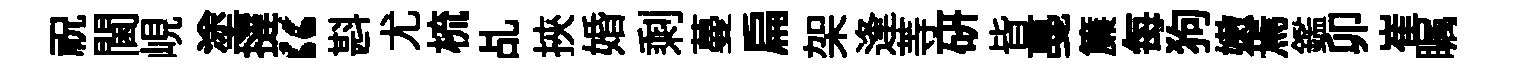
祝閫峴塗撻“斟尤梳乩挾婚剩蔓扁架逢䓁研皆戞簾每狗嫩焉鑑卯崔瞩